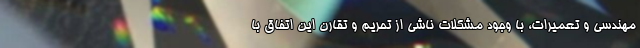
مهندسی و تعمیرات، با وجود مشکلات ناشی از تحریم و تقارن این اتفاق با